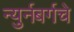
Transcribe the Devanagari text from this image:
न्युर्नबर्गचे